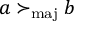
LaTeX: a \succ _ { \mathrm { m a j } } b